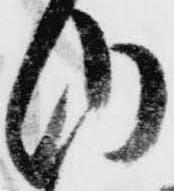
内